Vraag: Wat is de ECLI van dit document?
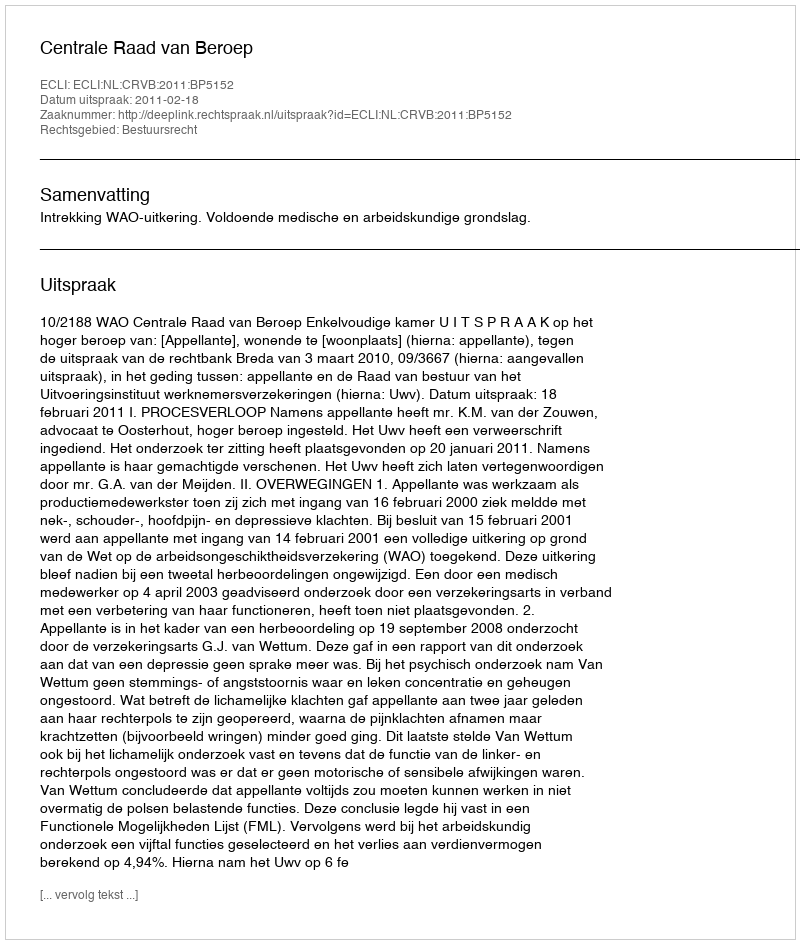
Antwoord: ECLI:NL:CRVB:2011:BP5152